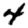
Digit: 4